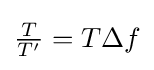
{\textstyle {\frac {T}{T'}}=T\Delta f}